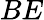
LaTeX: BE